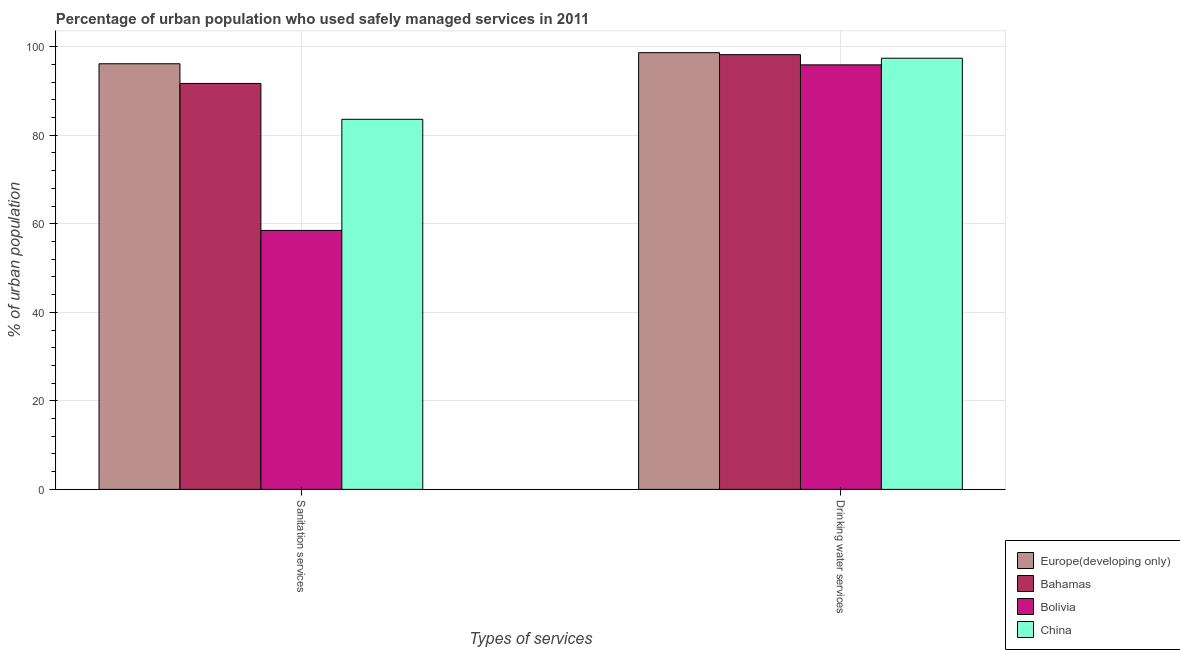
| Types of services | Europe(developing only) | Bahamas | Bolivia | China |
 | --- | --- | --- | --- | --- |
 | Sanitation services | 96.1 | 91.7 | 58.5 | 83.6 |
 | Drinking water services | 98.7 | 98.2 | 95.9 | 97.4 |